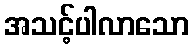
အသင့်ပါလာသော